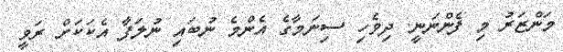
މަންޒަރު މި ފެންނަނީ. ދިވެހި ސިނަމާގެ އެންމެ ނުބައި ނުލަފާ އެކަކަށް ރަވީ